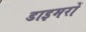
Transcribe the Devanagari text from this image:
डाइमरों